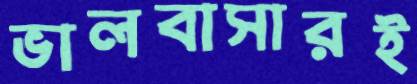
ভালবাসারই